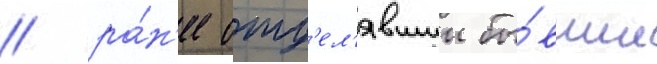
/ ра́н'ее отд'ел'явшии бы́вшие